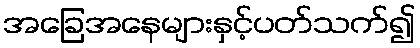
အခြေအနေများနှင့်ပတ်သက်၍